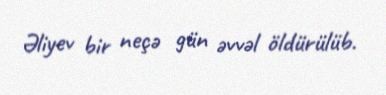
Əliyev bir neçə gün əvvəl öldürülüb.